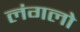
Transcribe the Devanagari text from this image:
लंगलो